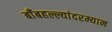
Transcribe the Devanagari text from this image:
बाँबहल्ल्यांदरम्यान